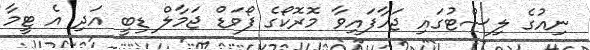
ނިއުގެ ލިސްޓުގައި ޖަހާފައިވާ މޮރޮކޯގެ ފޯވަޑް ޖަމާލް ޑިބީ އަދި އެ ޓީމާ